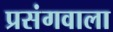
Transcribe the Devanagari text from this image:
प्रसंगवाला